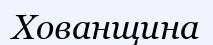
Хованщина